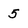
Character: 5